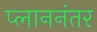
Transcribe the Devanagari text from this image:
प्लाननंतर